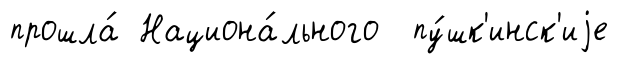
прошла́ Национа́льного пу́шк'инск'иjе